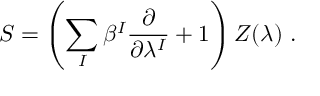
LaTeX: S = \left( \sum _ { I } \beta ^ { I } \frac { \partial } { \partial \lambda ^ { I } } + 1 \right) Z ( \lambda ) \ .